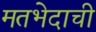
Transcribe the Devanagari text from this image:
मतभेदाची